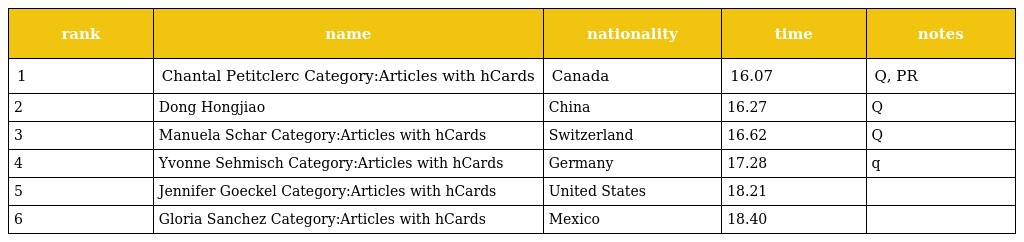
| rank | name | nationality | time | notes |
 | --- | --- | --- | --- | --- |
 | 1 | Chantal Petitclerc Category:Articles with hCards | Canada | 16.07 | Q, PR |
 | 2 | Dong Hongjiao | China | 16.27 | Q |
 | 3 | Manuela Schar Category:Articles with hCards | Switzerland | 16.62 | Q |
 | 4 | Yvonne Sehmisch Category:Articles with hCards | Germany | 17.28 | q |
 | 5 | Jennifer Goeckel Category:Articles with hCards | United States | 18.21 |  |
 | 6 | Gloria Sanchez Category:Articles with hCards | Mexico | 18.40 |  |